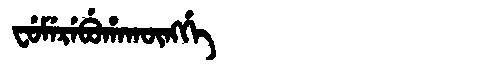
Manchu: ᠸᡠᠮᡝᡵᡝᠪᡠᡥᠠᡴᡡᠩᡤᡝ
Romanization: FUMEREBUHAKŪNGGE